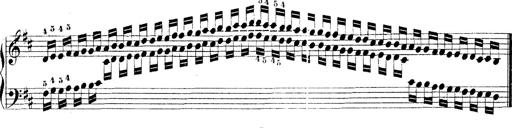
Title: Technische Studien
Composer: Franz Liszt